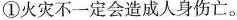
①火灾不一定会造成人身伤亡。